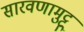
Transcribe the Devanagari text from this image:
सारवणामुट्टू